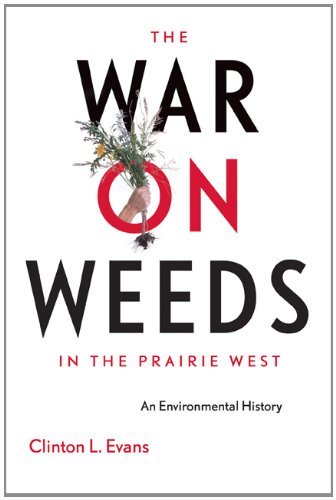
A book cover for The War on Weeds in the Prairie West: An Environmental History; Clinton Evans; Crafts, Hobbies & Home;